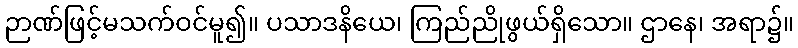
ဉာဏ်ဖြင့်မသက်ဝင်မူ၍။ ပသာဒနိယေ၊ ကြည်ညိုဖွယ်ရှိသော။ ဌာနေ၊ အရာ၌။